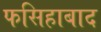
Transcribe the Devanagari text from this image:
फसिहाबाद